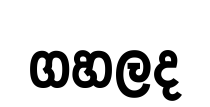
ගහලද